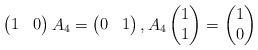
LaTeX: \begin{align*}\begin{pmatrix} 1 & 0 \end{pmatrix} A_4 = \begin{pmatrix} 0 & 1 \end{pmatrix},A_4 \begin{pmatrix} 1 \\ 1 \end{pmatrix} = \begin{pmatrix} 1 \\ 0 \end{pmatrix}\end{align*}